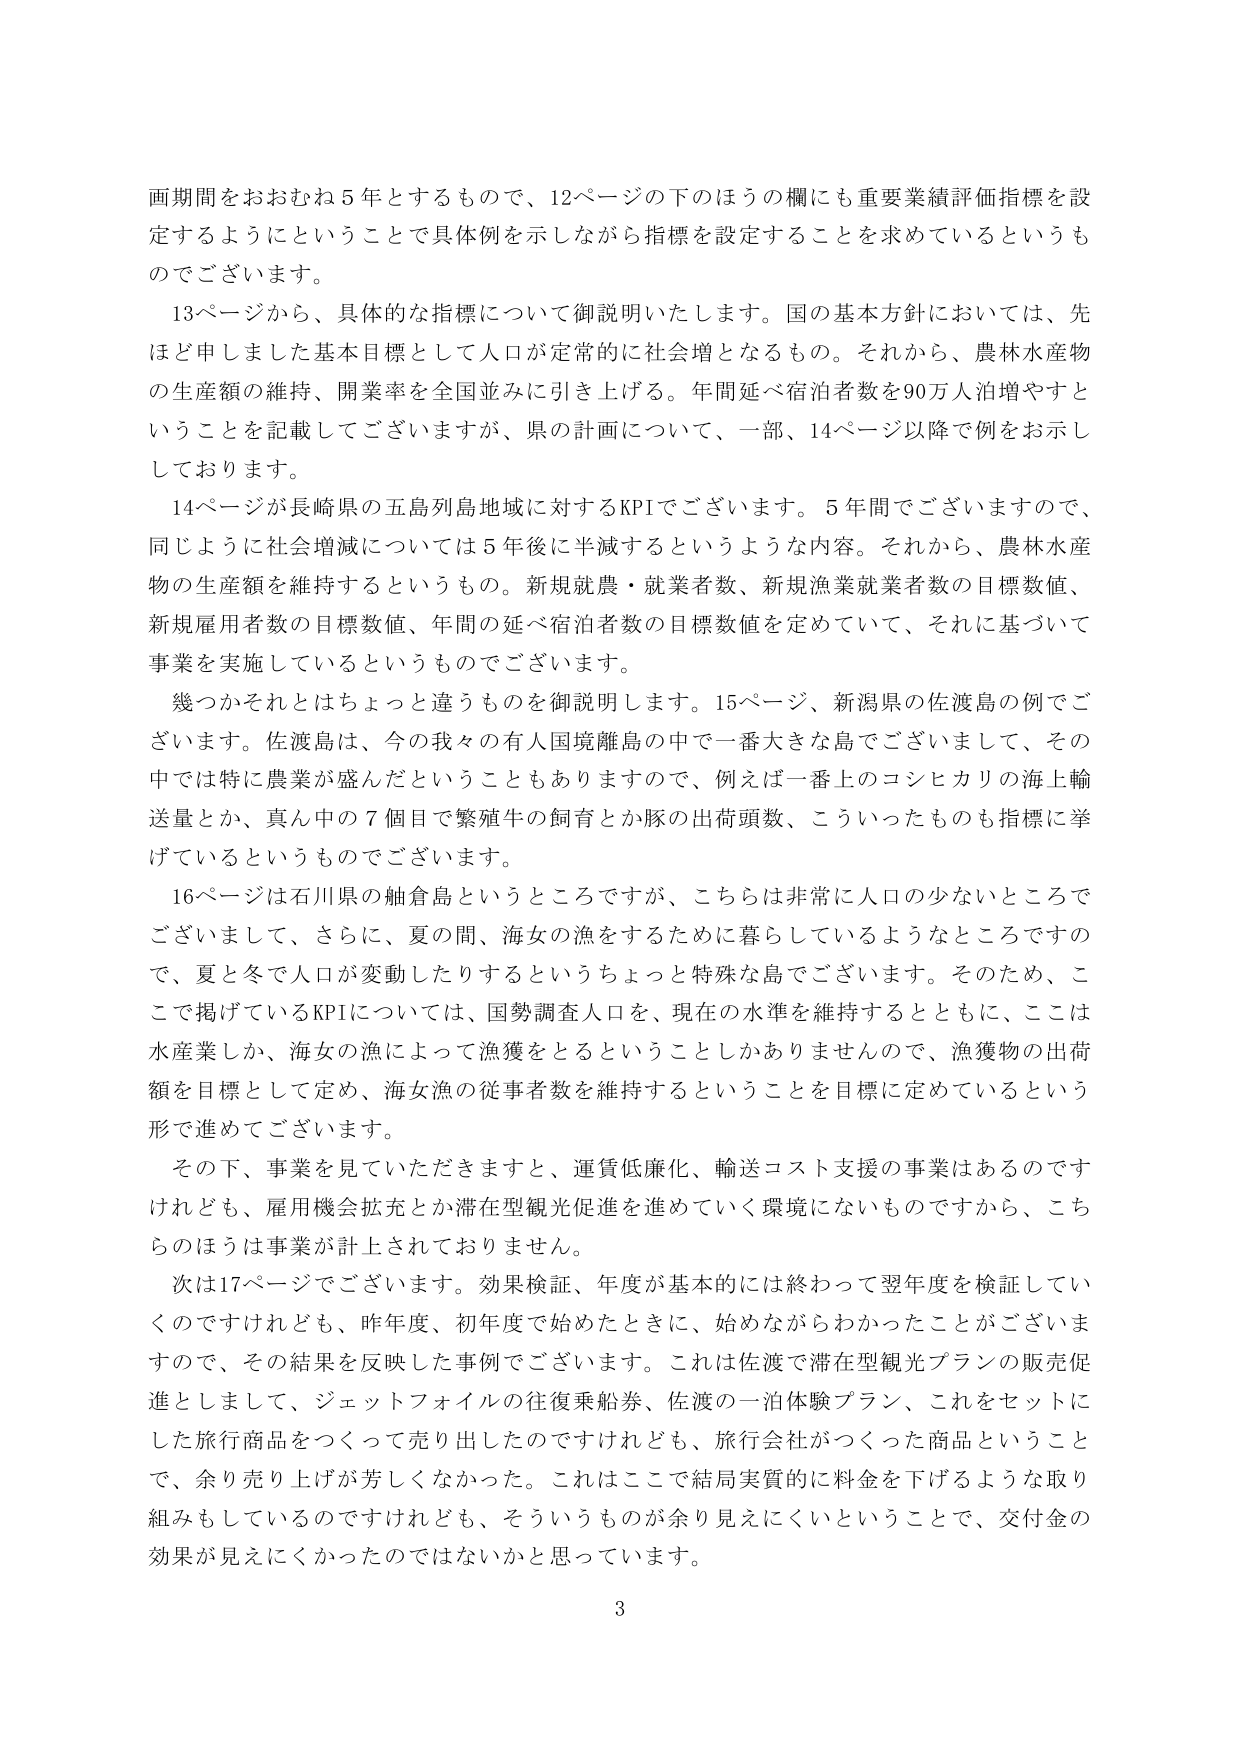
画期間をおおむね5年とするもので、12ページの下のほうの欄にも重要業績評価指標を設定するようにということで具体例を示しながら指標を設定することを求めているというものです。

13ページから、具体的な指標について御説明いたします。国の基本方針においては、先ほど申しました基本目標として人口が定常的に社会増となるもの。それから、農林水産物の生産額の維持、開業率を全国並みに引き上げる。年間延べ宿泊者数を90万人泊増やすということを記載してございますが、県の計画について、一部、14ページ以降で例をお示ししております。

14ページが長崎県の五島列島地域に対するKPIでございます。5年間でございますので、同じように社会増減については5年後に半減するというような内容。それから、農林水産物の生産額を維持するというもの。新規就農・就業者数、新規漁業就業者数の目標数値、新規雇用者数の目標数値、年間の延べ宿泊者数の目標数値を定めていて、それに基づいて事業を実施しているというものです。

幾つかそれとはちょっと違うものを御説明します。15ページ、新潟県の佐渡島の例でございます。佐渡島は、今の我々の有人国境離島の中で一番大きな島でございまして、その中では特に農業が盛んだということもありますので、例えば一番上のコシヒカリの海上輸送量とか、真ん中の7個目で繁殖牛の飼育とか豚の出荷頭数、こういったものも指標に挙げているというものです。

16ページは石川県の舳倉島というところですが、こちらは非常に人口の少ないところでございまして、さらに、夏の間、海女の漁をするために暮らしているようなところですので、夏と冬で人口が変動したりするというちょっと特殊な島でございます。そのため、ここで掲げているKPIについては、国勢調査人口を、現在の水準を維持するとともに、ここは水産業しか、海女の漁によって漁獲をとるということしかありませんので、漁獲物の出荷額を目標として定め、海女漁の従事者数を維持するということを目標に定めているという形で進めてございます。

その下、事業を見ていただきますと、運賃低廉化、輸送コスト支援の事業はあるのですけれども、雇用機会拡充とか滞在型観光促進を進めていく環境にないものですから、こちらのほうは事業が計上されておりません。

次は17ページでございます。効果検証、年度が基本的には終わって翌年度を検証していくのですけれども、昨年度、初年度で始めたときに、始めながらわかったことがございますので、その結果を反映した事例でございます。これは佐渡で滞在型観光プランの販売促進としまして、ジェットフォイルの往復乗船券、佐渡の一泊体験プラン、これをセットにした旅行商品をつくって売り出したのですけれども、旅行会社がつくった商品ということで、余り売り上げが芳しくなかった。これはここで結局実質的に料金を下げるような取り組みもしているのですけれども、そういうものが余り見えにくいということで、交付金の効果が見えにくかったのではないかと思っています。

3